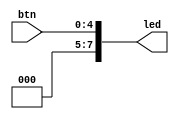
module tes_btns_typeB(
  input [4:0] btn,
  output [7:0] led
  );

  assign led[4] = btn[4];
  assign led[3] = btn[3];
  assign led[2] = btn[2];
  assign led[1] = btn[1];
  assign led[0] = btn[0];
  
  assign led[5] = 1'b0;
  assign led[6] = 1'b0;
  assign led[7] = 1'b0;

endmodule